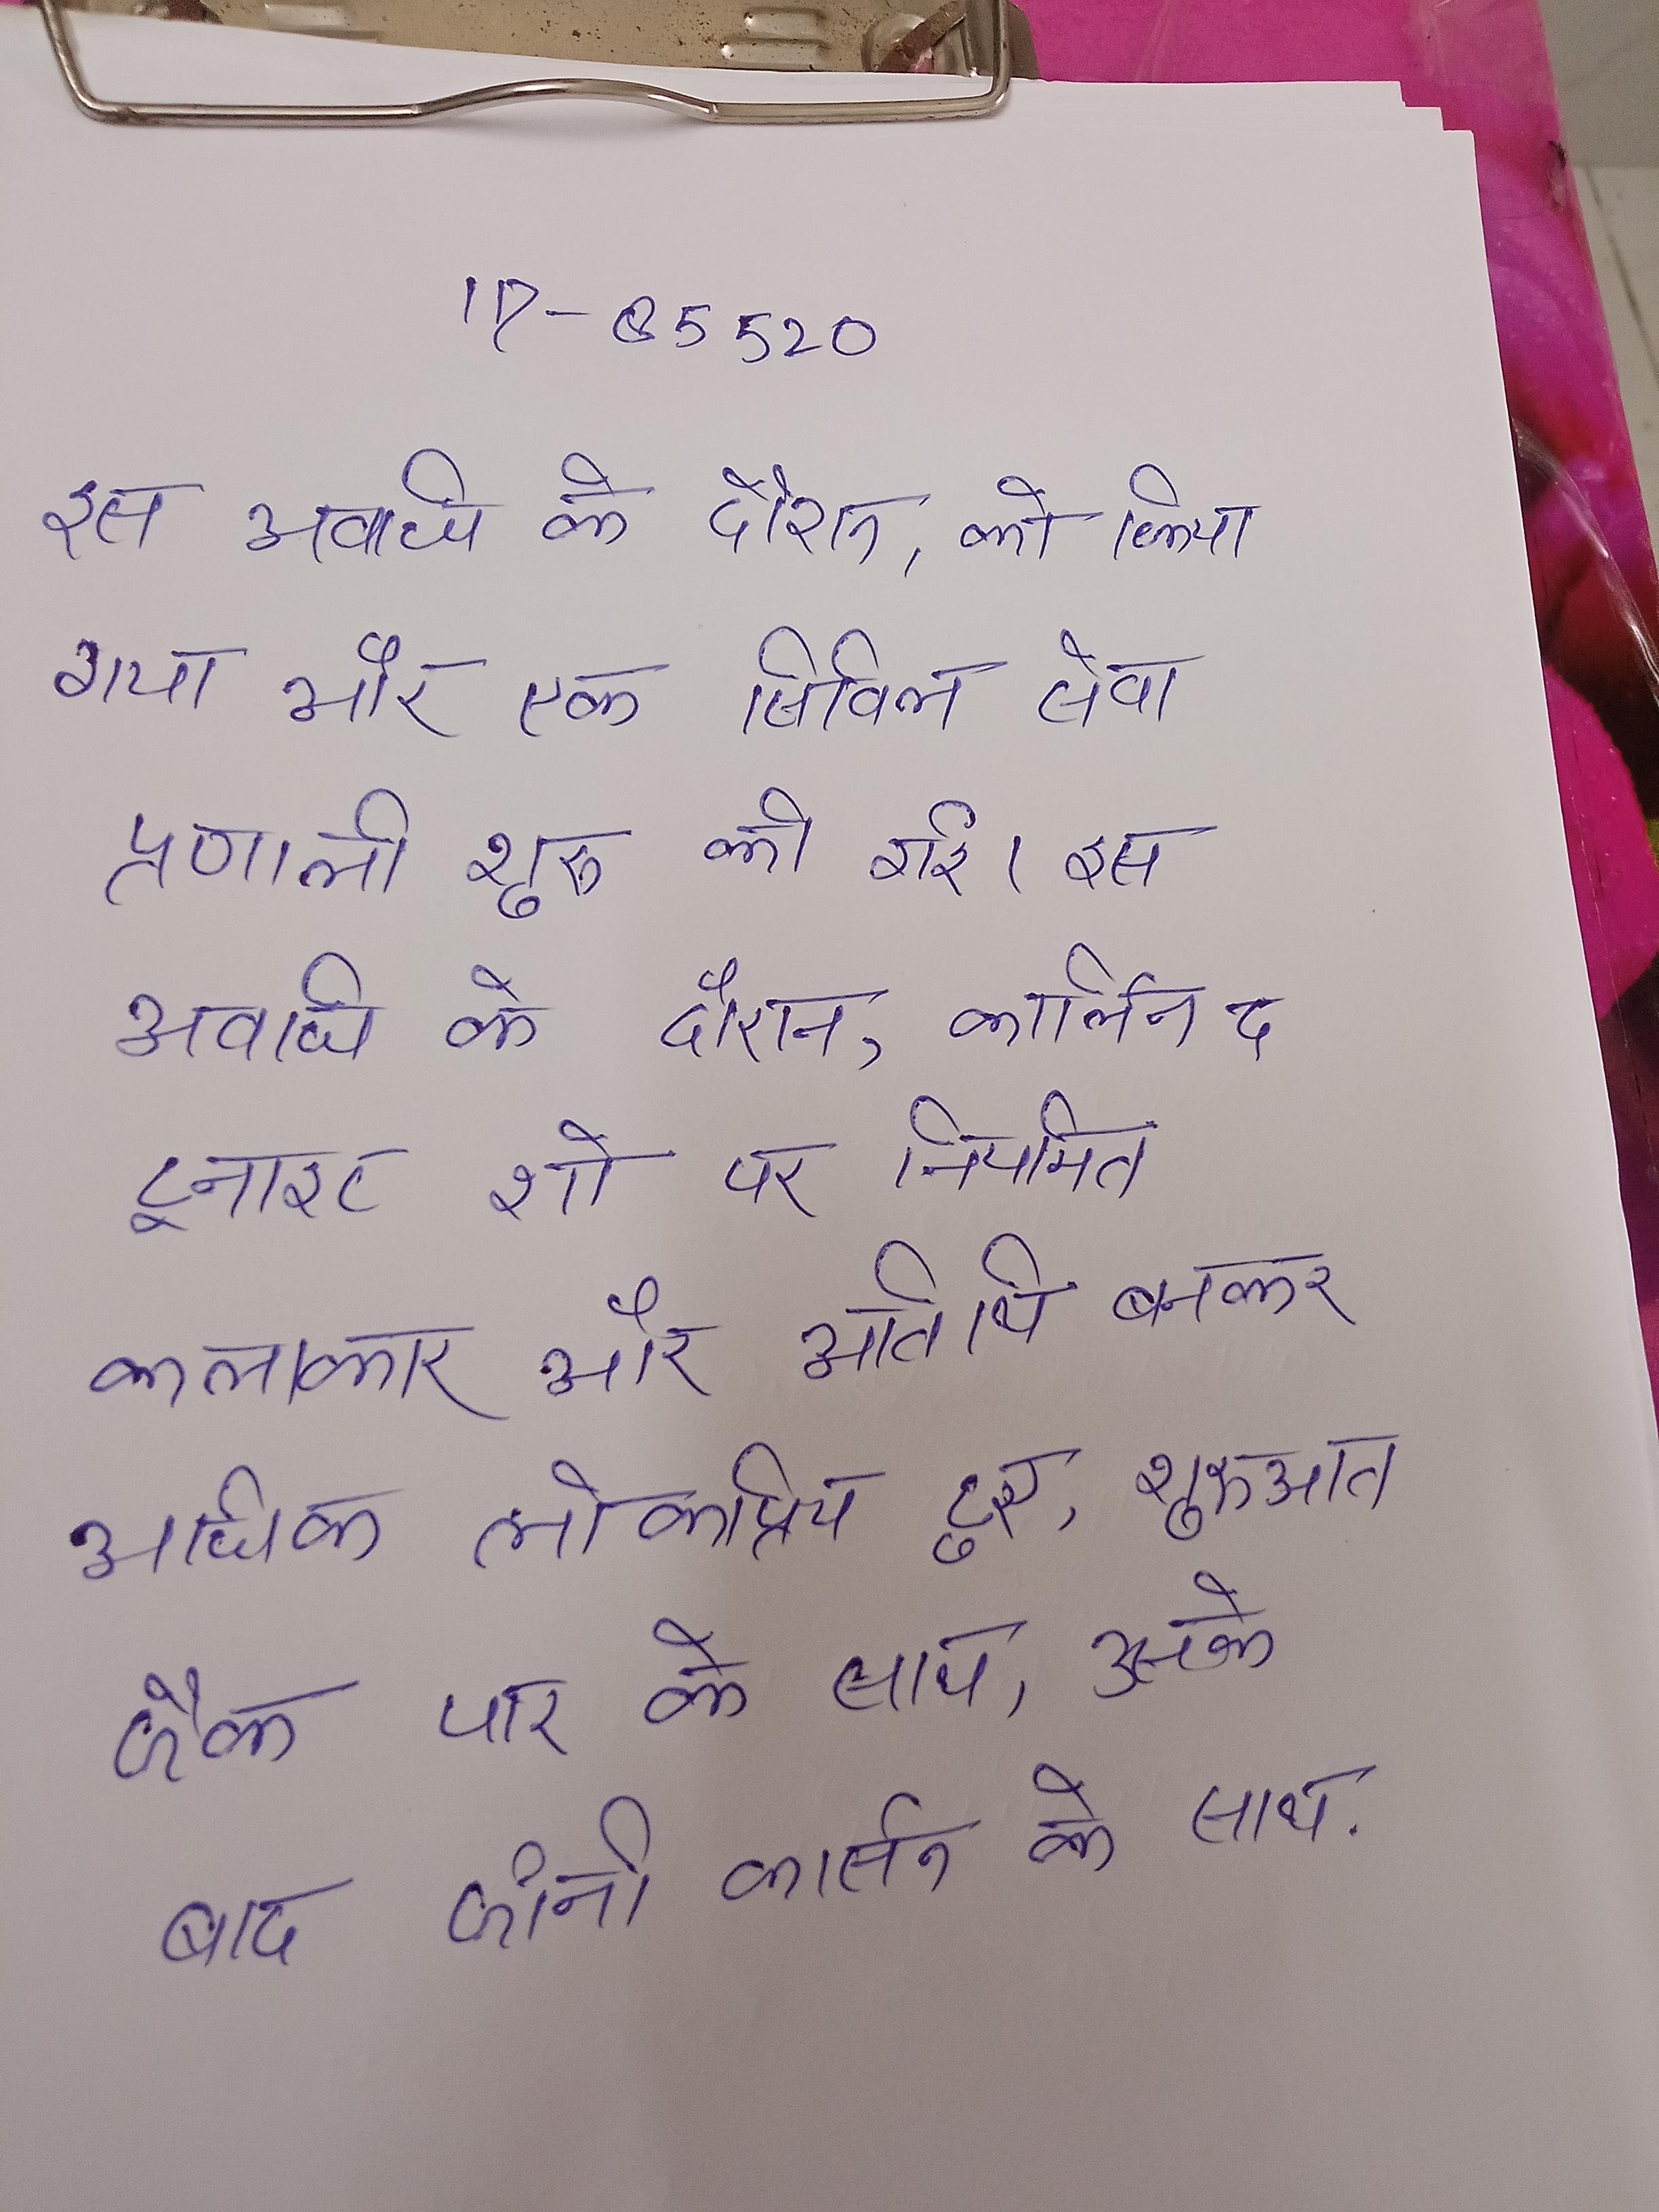
इस अवधि के दौरान, को किया गया और एक सिविल सेवा प्रणाली शुरू की गई । इस अवधि के दौरान, कार्लिन द टूनाइट शो पर नियमित कलाकार और अतिथि बनकर अधिक लोकप्रिय हुए, शुरुआत जैक पार के साथ, उसके बाद जॉनी कार्सन के साथ .